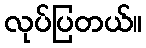
လုပ်ပြတယ်။